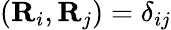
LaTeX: ({\mathbf R}_{i},{\mathbf R}_{j})=\delta_{ij}